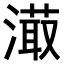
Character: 𣽇